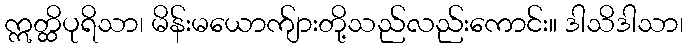
ဣတ္ထိပုရိသာ၊ မိန်းမယောက်ျားတို့သည်လည်းကောင်း။ ဒါသိဒါသာ၊